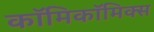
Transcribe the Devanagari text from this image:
काॅमिकॉमिक्स